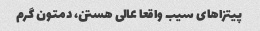
پیتزاهای سیب واقعا عالی هستن، دمتون گرم